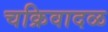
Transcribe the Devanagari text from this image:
चक्रिवादळ